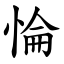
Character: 惀